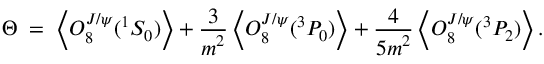
\Theta \; = \; \left\langle { \cal O } _ { 8 } ^ { J / \psi } ( { } ^ { 1 } S _ { 0 } ) \right\rangle + { \frac { \displaystyle 3 } { \displaystyle m ^ { 2 } } } \left\langle { \cal O } _ { 8 } ^ { J / \psi } ( { } ^ { 3 } P _ { 0 } ) \right\rangle + { \frac { \displaystyle 4 } { \displaystyle 5 m ^ { 2 } } } \left\langle { \cal O } _ { 8 } ^ { J / \psi } ( { } ^ { 3 } P _ { 2 } ) \right\rangle .